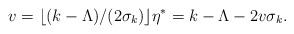
\begin{align*}v=\lfloor (k-\Lambda)/(2\sigma_k)\rfloor\eta^*=k-\Lambda -2v\sigma_k.\end{align*}